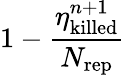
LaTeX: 1-\frac{\eta_{\mathrm{killed}}^{n+1}}{N_{\mathrm{rep}}}